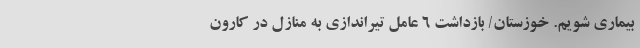
بیماری شویم. خوزستان/ بازداشت ۶ عامل تیراندازی به منازل در کارون